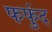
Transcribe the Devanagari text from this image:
फफुंद